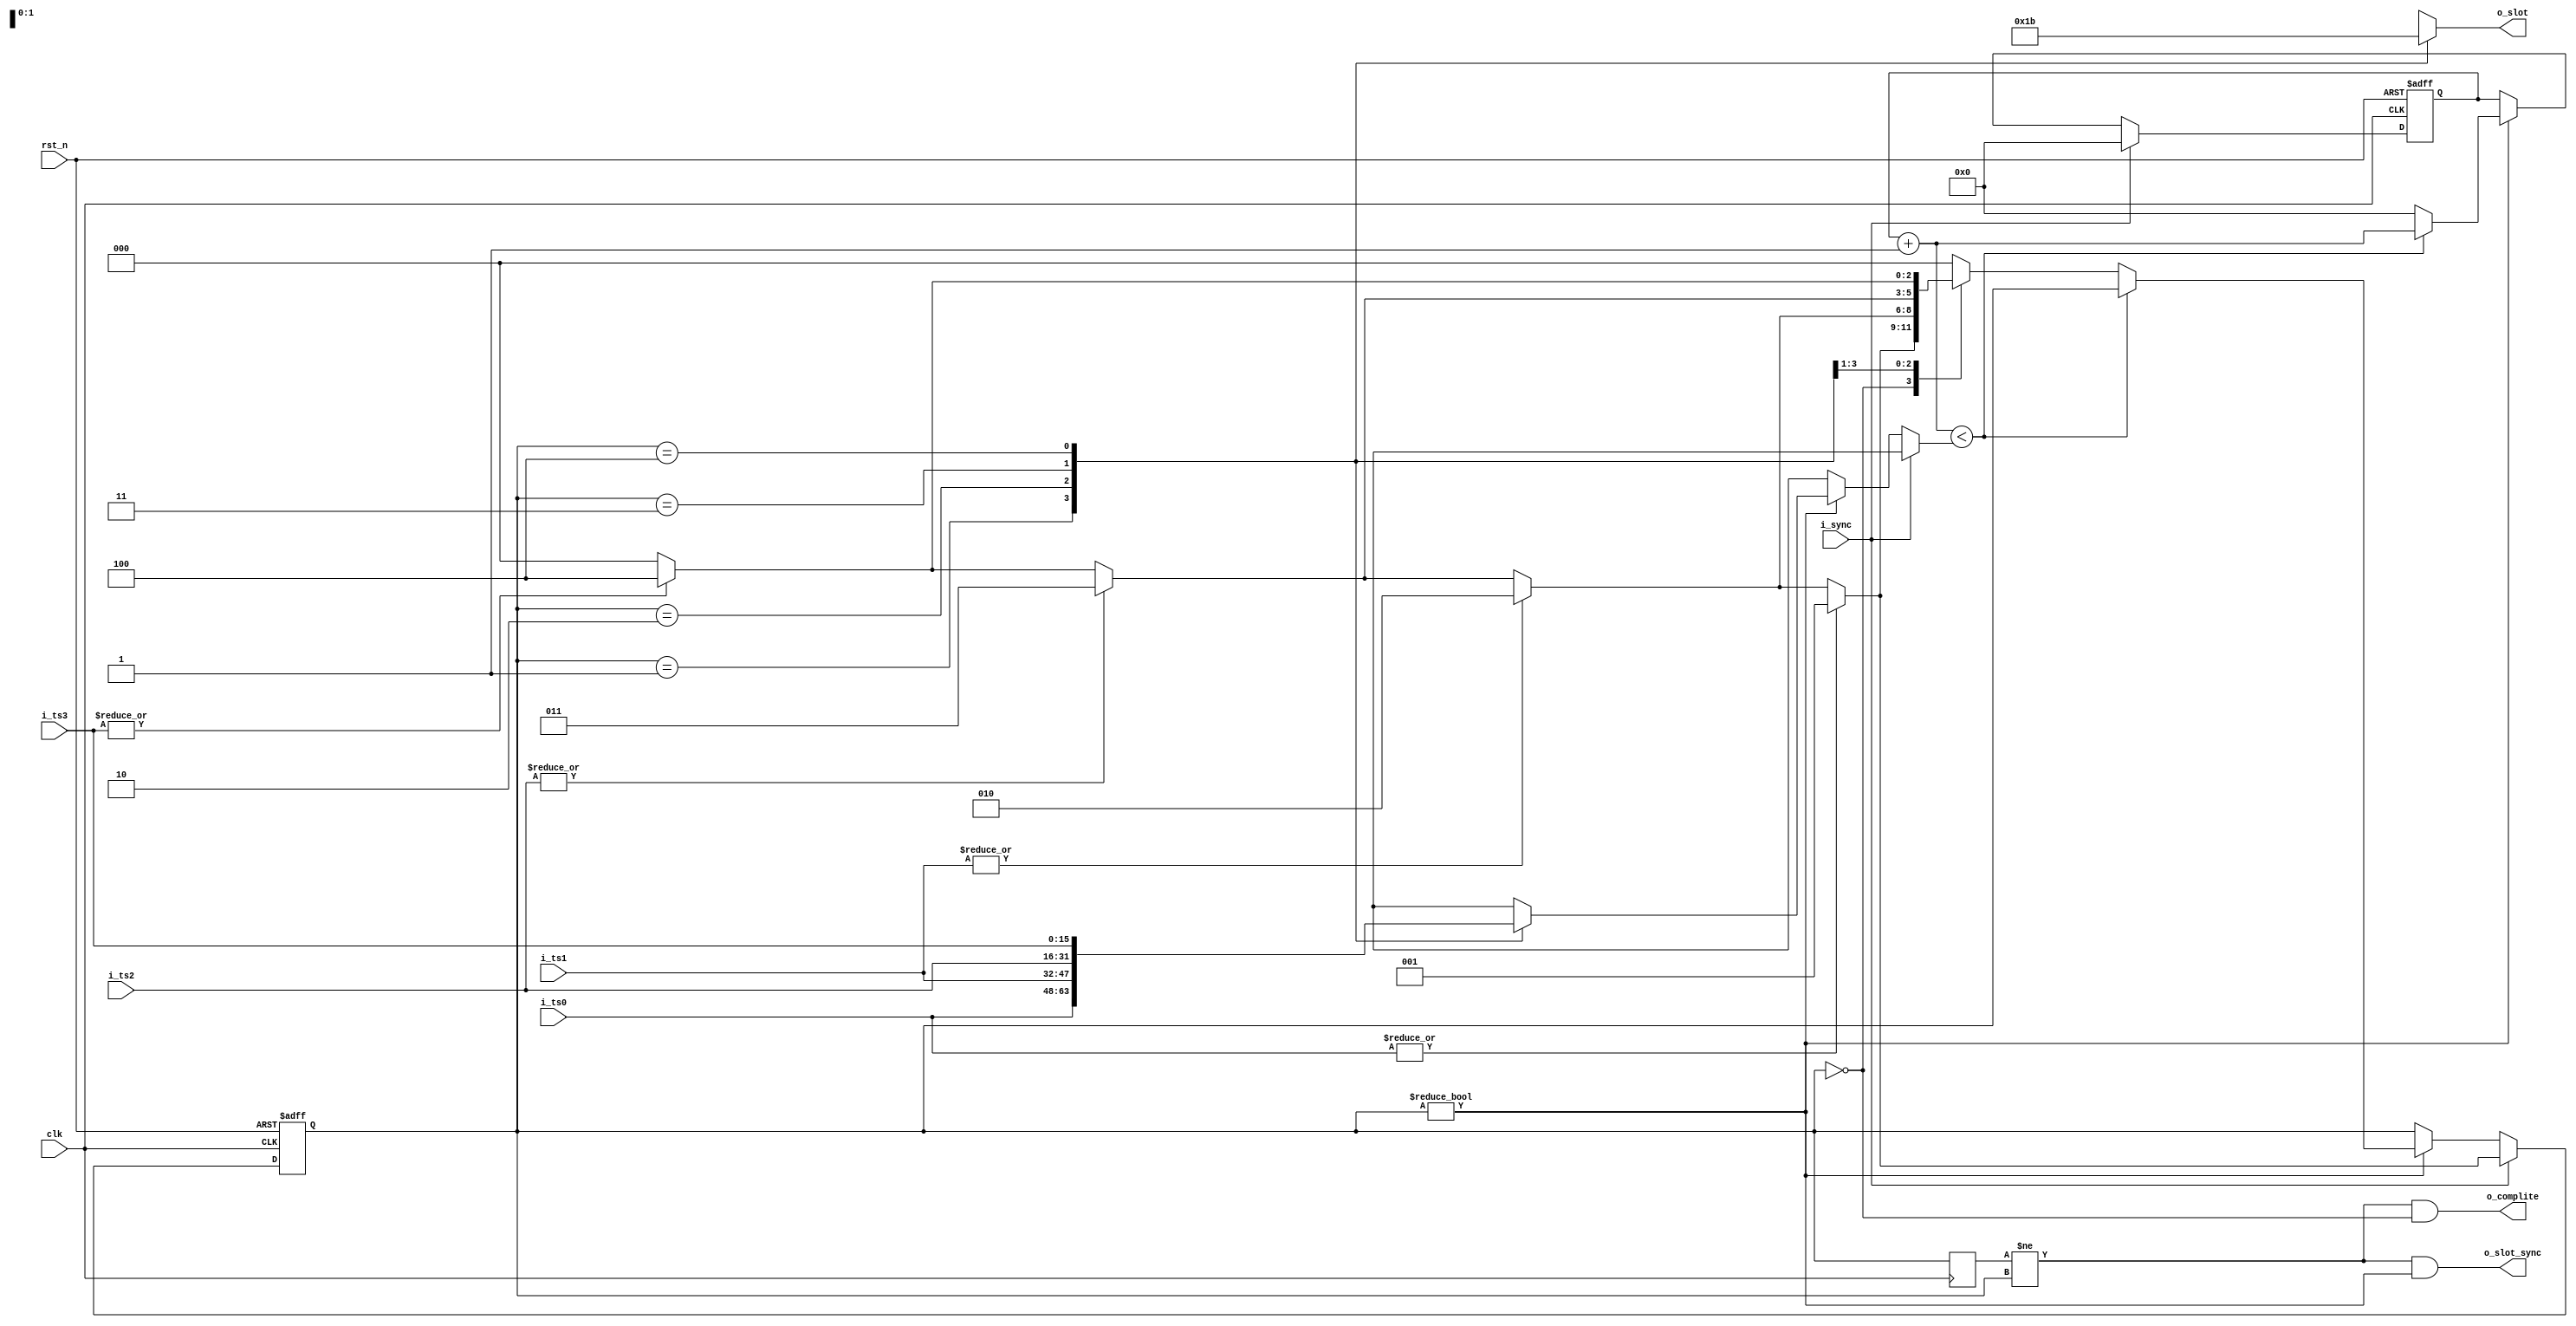
`timescale 1ns/1ps

module time_slot(
	input						rst_n,
	input						clk,
	
	input						i_sync,
	
	input			[15:0]		i_ts0,
	input			[15:0]		i_ts1,
	input			[15:0]		i_ts2,
	input			[15:0]		i_ts3,
	
	output			[1:0]		o_slot,
	output						o_slot_sync,
	
	output						o_complite
);

	parameter		[2:0]		ST_NONE = 3'd0,
								ST_SLOT_0 = 3'd1,
								ST_SLOT_1 = 3'd2,
								ST_SLOT_2 = 3'd3,
								ST_SLOT_3 = 3'd4;
								
	wire						t0_vld;
	assign t0_vld = |{i_ts0};
	wire						t1_vld;
	assign t1_vld = |{i_ts1};
	wire						t2_vld;
	assign t2_vld = |{i_ts2};
	wire						t3_vld;
	assign t3_vld = |{i_ts3};

	function [2:0] GetNextSlot(
		input 	[2:0] 			slot
	);
		case(slot)
			ST_NONE: GetNextSlot = t0_vld ? ST_SLOT_0 : t1_vld ? ST_SLOT_1 : t2_vld ? ST_SLOT_2 : t3_vld ? ST_SLOT_3 : ST_NONE;
			ST_SLOT_0: GetNextSlot = t1_vld ? ST_SLOT_1 : t2_vld ? ST_SLOT_2 : t3_vld ? ST_SLOT_3 : ST_NONE;
			ST_SLOT_1: GetNextSlot = t2_vld ? ST_SLOT_2 : t3_vld ? ST_SLOT_3 : ST_NONE;
			ST_SLOT_2: GetNextSlot = t3_vld ? ST_SLOT_3 : ST_NONE;
			ST_SLOT_3: GetNextSlot = ST_NONE;
			default:  GetNextSlot = ST_NONE;
		endcase
	endfunction
	
	function [15:0] GetSlotLen(
		input 	[2:0] 			slot
	);
		case(slot)
			ST_SLOT_0: GetSlotLen = i_ts0;
			ST_SLOT_1: GetSlotLen = i_ts1;
			ST_SLOT_2: GetSlotLen = i_ts2;
			ST_SLOT_3: GetSlotLen = i_ts3;
			default: GetSlotLen = 16'hXXXX;
		endcase	
	endfunction
	
	function [1:0] GetSlotNumber(
		input	[2:0]			slot
	);
		case(slot)
			ST_SLOT_0: GetSlotNumber = 2'd0;
			ST_SLOT_1: GetSlotNumber = 2'd1;
			ST_SLOT_2: GetSlotNumber = 2'd2;
			ST_SLOT_3: GetSlotNumber = 2'd3;
			default: GetSlotNumber = 2'dX;
		endcase			
	endfunction
	
	reg			[2:0]			slot_num;
	reg			[15:0]			slot_tick_cntr;
	always @ (posedge clk or negedge rst_n)
		if(~rst_n) begin
			slot_num <= ST_NONE;
			slot_tick_cntr <= 16'd0;
		end
		else
			if(i_sync) begin
				slot_num <= GetNextSlot(ST_NONE);
				slot_tick_cntr <= 16'd0;
			end
			else
				if(slot_num != ST_NONE) begin
					if(slot_tick_cntr + 1'd1 < GetSlotLen(slot_num))
						slot_tick_cntr <= slot_tick_cntr + 1'd1;
					else begin
						slot_tick_cntr <= 16'd0;
						slot_num <= GetNextSlot(slot_num);
					end
				end
				
	reg			[2:0]			prev_slot_num;
	always @ (posedge clk) prev_slot_num <= slot_num;
	
	assign o_slot_sync = prev_slot_num != slot_num && slot_num != ST_NONE;
	
	assign o_complite = prev_slot_num != slot_num && slot_num == ST_NONE;
	
	assign o_slot = GetSlotNumber(slot_num);
	
endmodule